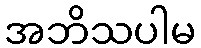
အဘိသပါမ